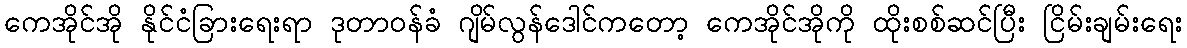
ကေအိုင်အို နိုင်ငံခြားရေးရာ ဒုတာဝန်ခံ ဂျိမ်လွန်ဒေါင်ကတော့ ကေအိုင်အိုကို ထိုးစစ်ဆင်ပြီး ငြိမ်းချမ်းရေး